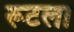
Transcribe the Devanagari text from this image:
रूटला